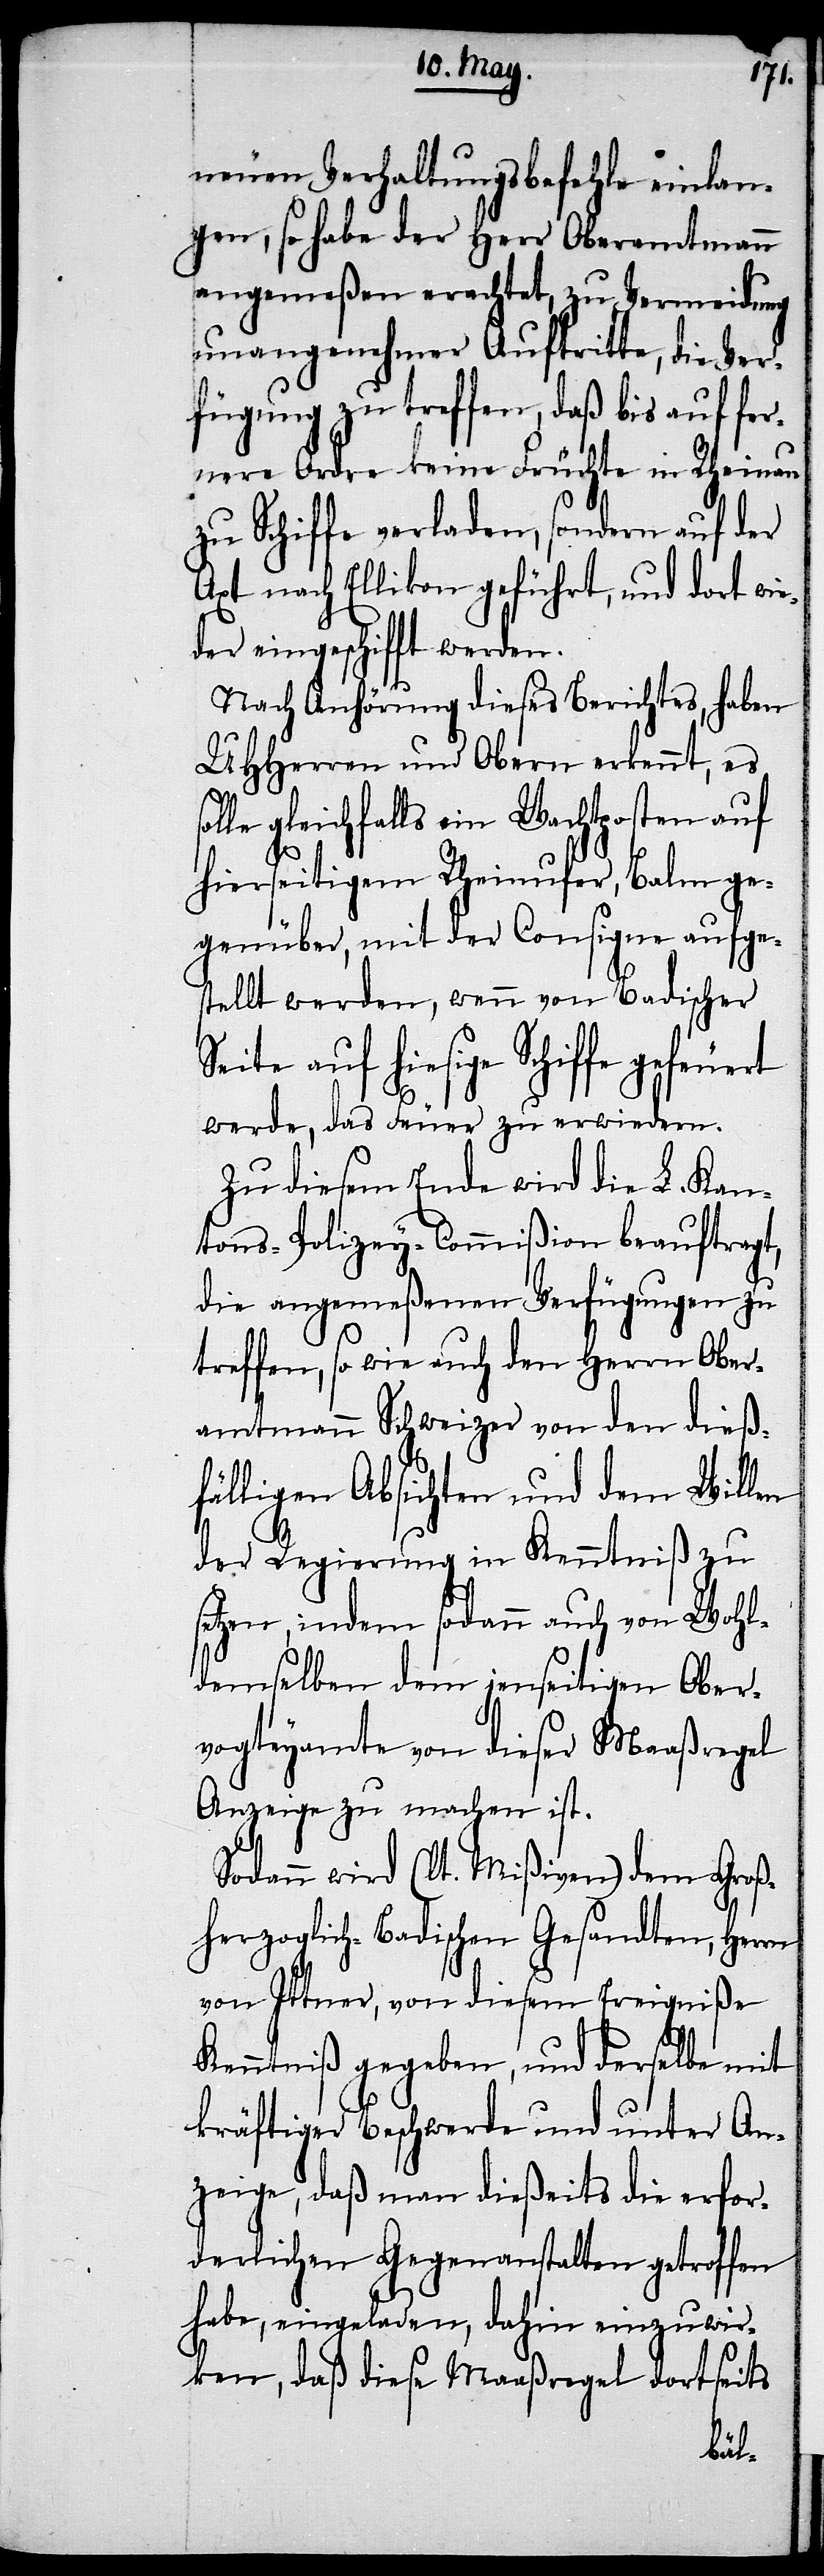
neuen Verhaltungsbefehle einlan¬
gen, so habe der Herr Oberamtmann
angemeßen erachtet, zu Vermeidung
unangenehmer Auftritte, die Ver¬
fügung zu treffen, daß bis auf fer¬
nere Ordre keine Früchte in Rheinau
zu Schiffe verladen, sondern auf der
Axt nach Ellikon geführt, und dort wi¬
eder eingeschifft werden.
Nach Anhörung dieses Berichtes, haben
UHHerren und Obern erkennt, es
le gleichfalls ein Wachposten auf
hierseitigem Rheinufer, Balm ge¬
genüber, mit der Consigne aufge¬
stellt werden, wenn von badischer
Seite auf hiesige Schiffe gefeuert
werde, das Feuer zu erwiedern.
Zu diesem Ende wird die L. Kan¬
tons-Polizey-Commißion beauftragt,
die angemeßenen Verfügungen zu
treffen, so wie auch den Herrn Ober¬
amtmann Schweizer von den dieß¬
fälligen Absichten und dem Willen
der Regierung in Kenntniß zu
setzen, indem sodann auch von Wohl¬
demselben dem jenseitigen Ober¬
vogteyamte von dieser Maaßregel
Anzeige zu machen ist.
Sodann wird (lt. Mißiven) dem Groß¬
herzoglich-Badischen Gesandten, Herrn
von Ittner, von diesem Ereigniße
Kenntniß gegeben, und derselbe mit
kräftiger Beschwerde und unter An¬
zeige, daß man dießeits die erfor¬
derlichen Gegenanstalten getroffen
habe, eingeladen, dahin einzuwir¬
ken, daß diese Maaßregel dortseits
sol¬